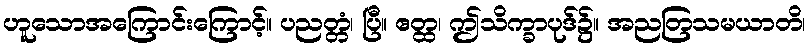
ဟူသောအကြောင်းကြောင့်။ ပညတ္တံ၊ ပြီ။ ဧတ္ထ၊ ဤသိက္ခာပုဒ်၌။ အညတြသမယာတိ၊